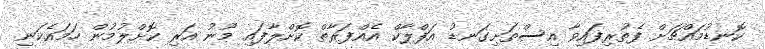
ކޮނޑުމައްޗަށް ފެތުރިފައިވާ އިސްތަށިގަނޑު އަފްލާކް އެއްފަރާތް ކޮށްލާފައި މޫނު އަރި ކޮށްލުމުން ހަމައެކަނި